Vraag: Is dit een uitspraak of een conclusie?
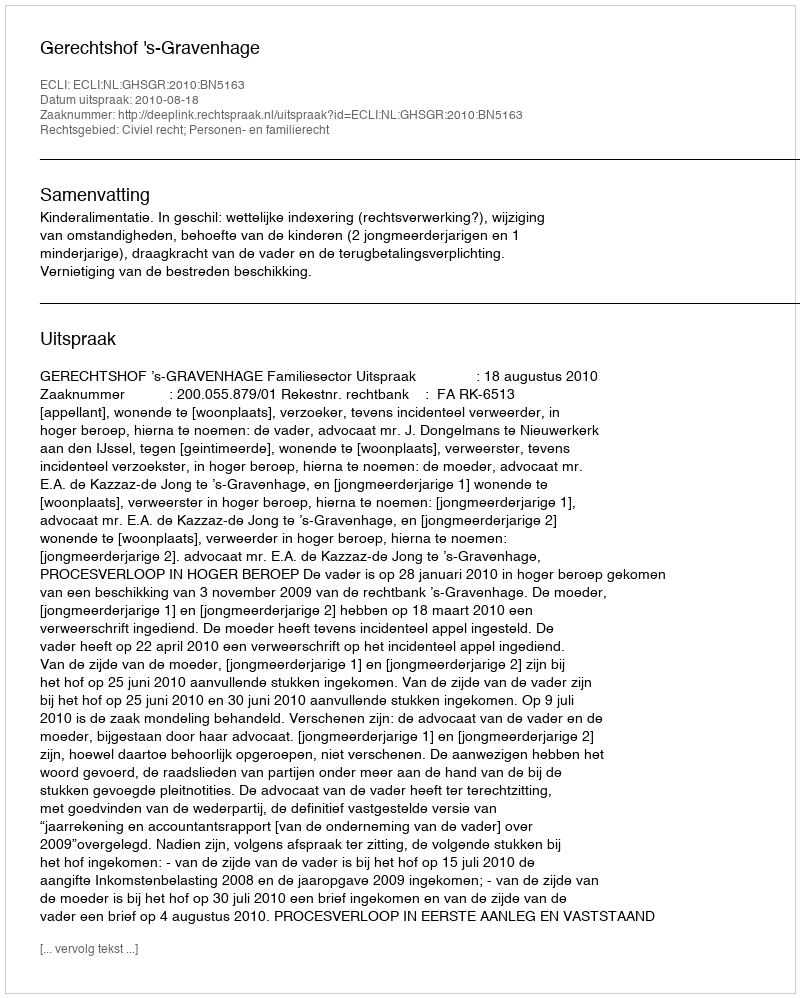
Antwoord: Uitspraak